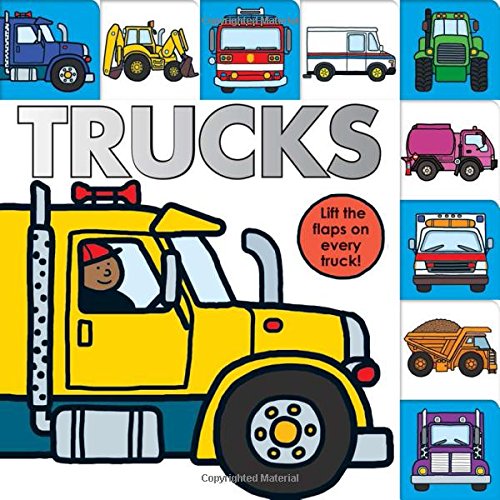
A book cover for Lift-the-Flap Tab: Trucks (Lift-the-Flap Tab Books); Roger Priddy; Children's Books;